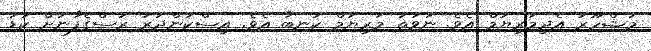
މަޝްހޫރު އެދިމަރިޔަމް އެވެ. ނުވަތަ މަރިޔަމް ކަނބާ އެވެ. އިސްކަންދަރު ރަސްގެފާނަށް ކުޑަ